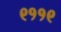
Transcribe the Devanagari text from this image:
९११९